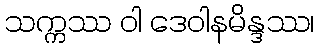
သက္ကဿ ဝါ ဒေဝါနမိန္ဒဿ၊